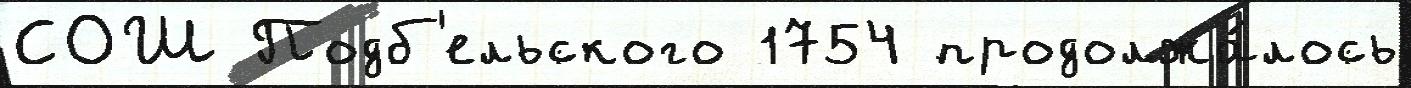
СОШ Подб'ельского 1754 продолжа́лось